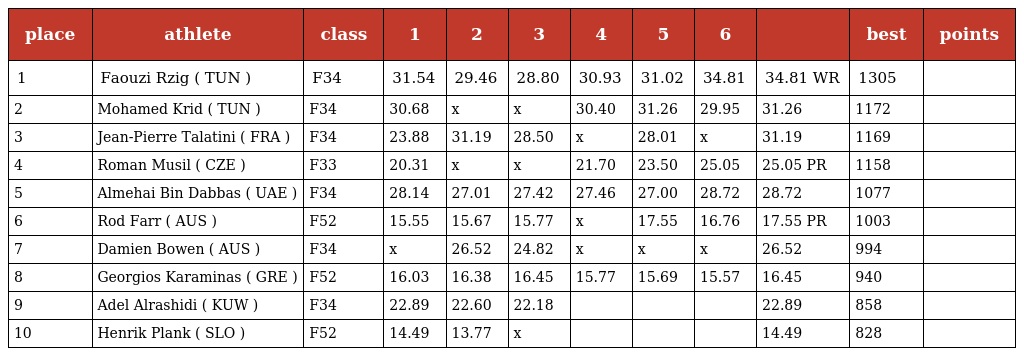
| place | athlete | class | 1 | 2 | 3 | 4 | 5 | 6 |  | best | points |
 | --- | --- | --- | --- | --- | --- | --- | --- | --- | --- | --- | --- |
 | 1 | Faouzi Rzig ( TUN ) | F34 | 31.54 | 29.46 | 28.80 | 30.93 | 31.02 | 34.81 | 34.81 WR | 1305 |  |
 | 2 | Mohamed Krid ( TUN ) | F34 | 30.68 | x | x | 30.40 | 31.26 | 29.95 | 31.26 | 1172 |  |
 | 3 | Jean-Pierre Talatini ( FRA ) | F34 | 23.88 | 31.19 | 28.50 | x | 28.01 | x | 31.19 | 1169 |  |
 | 4 | Roman Musil ( CZE ) | F33 | 20.31 | x | x | 21.70 | 23.50 | 25.05 | 25.05 PR | 1158 |  |
 | 5 | Almehai Bin Dabbas ( UAE ) | F34 | 28.14 | 27.01 | 27.42 | 27.46 | 27.00 | 28.72 | 28.72 | 1077 |  |
 | 6 | Rod Farr ( AUS ) | F52 | 15.55 | 15.67 | 15.77 | x | 17.55 | 16.76 | 17.55 PR | 1003 |  |
 | 7 | Damien Bowen ( AUS ) | F34 | x | 26.52 | 24.82 | x | x | x | 26.52 | 994 |  |
 | 8 | Georgios Karaminas ( GRE ) | F52 | 16.03 | 16.38 | 16.45 | 15.77 | 15.69 | 15.57 | 16.45 | 940 |  |
 | 9 | Adel Alrashidi ( KUW ) | F34 | 22.89 | 22.60 | 22.18 |  |  |  | 22.89 | 858 |  |
 | 10 | Henrik Plank ( SLO ) | F52 | 14.49 | 13.77 | x |  |  |  | 14.49 | 828 |  |